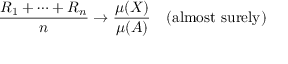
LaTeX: { \frac { R _ { 1 } + \cdots + R _ { n } } { n } } \rightarrow { \frac { \mu ( X ) } { \mu ( A ) } } \quad { \mathrm { ( a l m o s t ~ s u r e l y ) } }